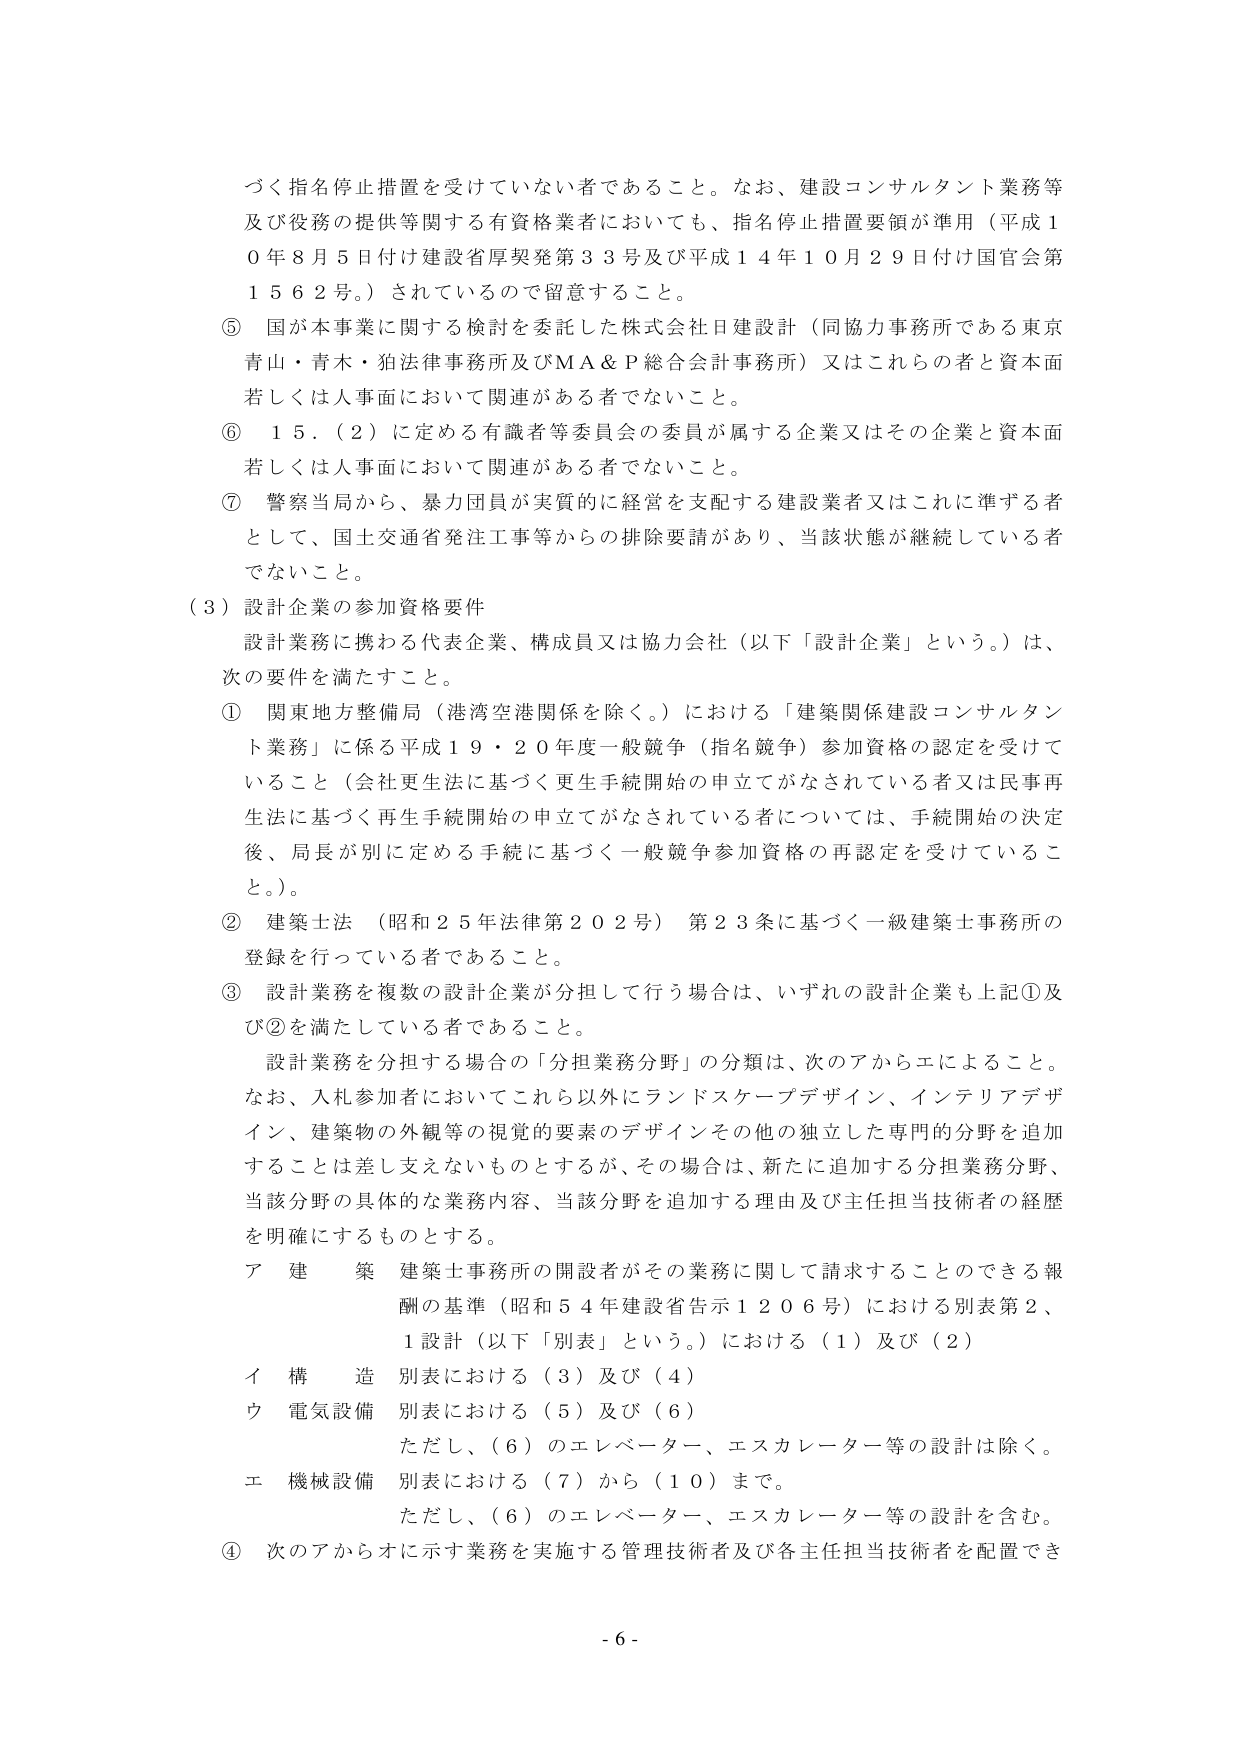
づく指名停止措置を受けていない者であること。なお、建設コンサルタント業務等及び役務の提供等に関する有資格業者においても、指名停止措置要領が準用（平成10年8月5日付け建設省厚契発第33号及び平成14年10月29日付け国官会第1562号。）されているので留意すること。

⑤ 国が本事業に関する検討を委託した株式会社日建設計（同協力事務所である東京青山・青木・狛法律事務所及びＭＡ＆Ｐ総合会計事務所）又はこれらの者と資本面若しくは人事面において関連がある者でないこと。

⑥ 15．（2）に定める有識者等委員会の委員が属する企業又はその企業と資本面若しくは人事面において関連がある者でないこと。

⑦ 警察当局から、暴力団員が実質的に経営を支配する建設業者又はこれに準ずる者として、国土交通省発注工事等からの排除要請があり、当該状態が継続している者でないこと。

（3）設計企業の参加資格要件

設計業務に携わる代表企業、構成員又は協力会社（以下「設計企業」という。）は、次の要件を満たすこと。

① 関東地方整備局（港湾空港関係を除く。）における「建築関係建設コンサルタント業務」に係る平成19・20年度一般競争（指名競争）参加資格の認定を受けていること（会社更生法に基づく更生手続開始の申立てがなされている者又は民事再生法に基づく再生手続開始の申立てがなされている者については、手続開始の決定後、局長が別に定める手続に基づく一般競争参加資格の再認定を受けていること。）。

② 建築士法（昭和25年法律第202号）第23条に基づく一級建築士事務所の登録を行っている者であること。

③ 設計業務を複数の設計企業が分担して行う場合は、いずれの設計企業も上記①及び②を満たしている者であること。

設計業務を分担する場合の「分担業務分野」の分類は、次のアからエによること。なお、入札参加者においてこれら以外にランドスケープデザイン、インテリアデザイン、建築物の外観等の視覚的要素のデザインその他の独立した専門的分野を追加することは差し支えないものとするが、その場合は、新たに追加する分担業務分野、当該分野の具体的な業務内容、当該分野を追加する理由及び主任担当技術者の経歴を明確にするものとする。

ア 建築 建築士事務所の開設者がその業務に関して請求することのできる報酬の基準（昭和54年建設省告示1206号）における別表第2、1設計（以下「別表」という。）における（1）及び（2）

イ 構造 別表における（3）及び（4）

ウ 電気設備 別表における（5）及び（6）

ただし、（6）のエレベーター、エスカレーター等の設計は除く。

エ 機械設備 別表における（7）から（10）まで。

ただし、（6）のエレベーター、エスカレーター等の設計を含む。

④ 次のアからオに示す業務を実施する管理技術者及び各主任担当技術者を配置でき

- 6 -